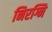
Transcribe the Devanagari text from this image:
निरग्नि